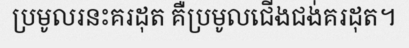
ប្រមូលរនះគរដុត គឺប្រមូលជើងជង់គរដុត។